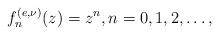
LaTeX: \begin{align*} f_{n}^{(e,\nu)}(z)=z^{n},n=0,1,2,\ldots, \end{align*}